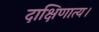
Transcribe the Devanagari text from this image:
दाक्षिणात्य।